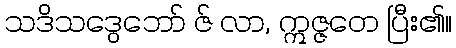
သဒိသဒွေဘော် ဇ် လာ, ဣဇ္ဇတေ ပြီး၏။